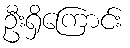
ဦးရှိကြောင်း